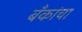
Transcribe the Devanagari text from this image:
बँकांचा